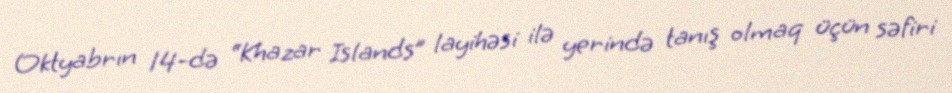
Oktyabrın 14-də “Khazar Islands” layihəsi ilə yerində tanış olmaq üçün səfiri